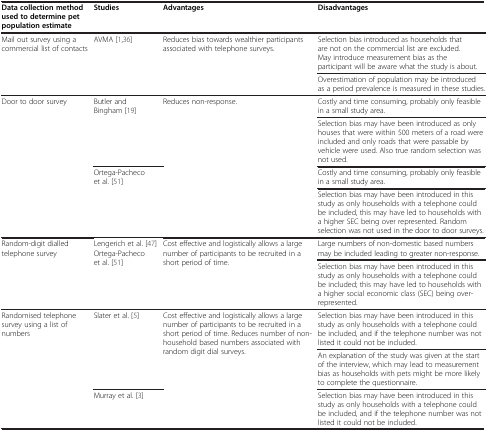
<table><thead><tr><td><b>Data collection method used to determine pet population estimate</b></td><td><b>Studies</b></td><td><b>Advantages</b></td><td><b>Disadvantages</b></td></tr></thead><tbody><tr><td rowspan="2">Mail out survey using a commercial list of contacts</td><td rowspan="2">AVMA [1,36]</td><td rowspan="2">Reduces bias towards wealthier participants associated with telephone surveys.</td><td>Selection bias introduced as households that are not on the commercial list are excluded. May introduce measurement bias as the participant will be aware what the study is about.</td></tr><tr><td>Overestimation of population may be introduced as a period prevalence is measured in these studies.</td></tr><tr><td rowspan="4">Door to door survey</td><td rowspan="2">Butler and Bingham [19]</td><td rowspan="4">Reduces non-response.</td><td>Costly and time consuming, probably only feasible in a small study area.</td></tr><tr><td>Selection bias may have been introduced as only houses that were within 500 meters of a road were included and only roads that were passable by vehicle were used. Also true random selection was not used.</td></tr><tr><td rowspan="2">Ortega-Pacheco et al. [51]</td><td>Costly and time consuming, probably only feasible in a small study area.</td></tr><tr><td>Selection bias may have been introduced in this study as only households with a telephone could be included, this may have led to households with a higher SEC being over represented. Random selection was not used in the door to door surveys.</td></tr><tr><td rowspan="2">Random-digit dialled telephone survey</td><td rowspan="2">Lengerich et al. [47] Ortega-Pacheco et al. [51]</td><td rowspan="2">Cost effective and logistically allows a large number of participants to be recruited in a short period of time.</td><td>Large numbers of non-domestic based numbers may be included leading to greater non-response.</td></tr><tr><td>Selection bias may have been introduced in this study as only households with a telephone could be included; this may have led to households with a higher social economic class (SEC) being over-represented.</td></tr><tr><td rowspan="3">Randomised telephone survey using a list of numbers</td><td rowspan="2">Slater et al. [5]</td><td rowspan="3">Cost effective and logistically allows a large number of participants to be recruited in a short period of time. Reduces number of non-household based numbers associated with random digit dial surveys.</td><td>Selection bias may have been introduced in this study as only households with a telephone could be included, and if the telephone number was not listed it could not be included.</td></tr><tr><td>An explanation of the study was given at the start of the interview, which may lead to measurement bias as households with pets might be more likely to complete the questionnaire.</td></tr><tr><td>Murray et al. [3]</td><td>Selection bias may have been introduced in this study as only households with a telephone could be included, and if the telephone number was not listed it could not be included.</td></tr></tbody></table>